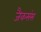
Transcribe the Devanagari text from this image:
जैकसंस